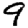
Digit: 9